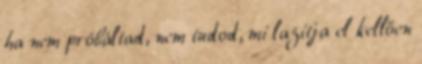
ha nem próbáltad, nem tudod, mi lazítja el kellően